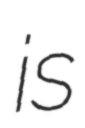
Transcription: is